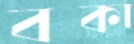
বকা